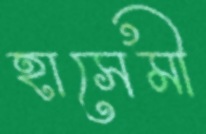
হাসেমী